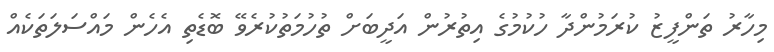
މިހާރު ތަންފީޒު ކުރަމުންދާ ހުކުމުގެ އިތުރުން އަދީބަށް ތުހުމަތުކުރެވޭ ބޮޑެތި އެހެން މައްސަލަތަކެއް